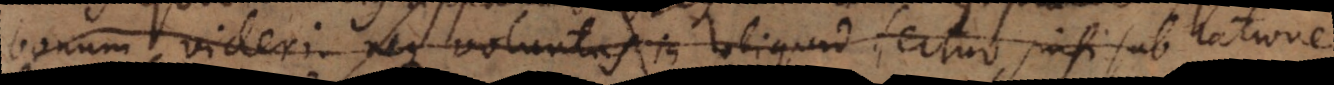
bonum videri; neque voluntas in aliquid fertur, nisi sub ratione